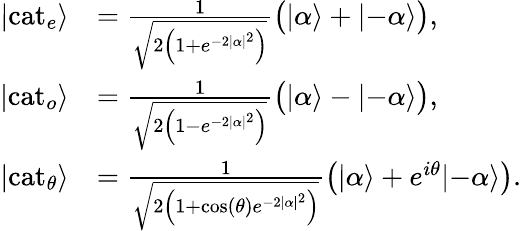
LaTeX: {\begin{array}{rl}{|\mathrm{cat}_{e}\rangle}&{={\frac{1}{\sqrt{2\left(1+e^{-2|\alpha|^{2}}\right)}}}{\big(}|\alpha\rangle+|{-}\alpha\rangle{\big)},}\\ {|\mathrm{cat}_{o}\rangle}&{={\frac{1}{\sqrt{2\left(1-e^{-2|\alpha|^{2}}\right)}}}{\big(}|\alpha\rangle-|{-}\alpha\rangle{\big)},}\\ {|\mathrm{cat}_{\theta}\rangle}&{={\frac{1}{\sqrt{2\left(1+\cos(\theta)e^{-2|\alpha|^{2}}\right)}}}{\big(}|\alpha\rangle+e^{i\theta}|{-}\alpha\rangle{\big)}.}\end{array}}